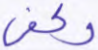
وكفى